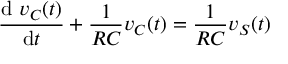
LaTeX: { \frac { \mathrm { d } \ v _ { C } ( t ) } { \mathrm { d } t } } + { \frac { 1 } { R C } } v _ { C } ( t ) = { \frac { 1 } { R C } } v _ { S } ( t )